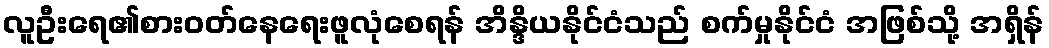
လူဦးရေ၏စားဝတ်နေရေးဖူလုံစေရန် အိန္ဒိယနိုင်ငံသည် စက်မှုနိုင်ငံ အဖြစ်သို့ အရှိန်